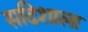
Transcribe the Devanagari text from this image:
सदिशाला